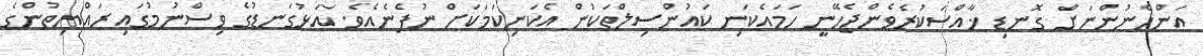
އަންހެނުންނަށް ގޮނޑި ޚާއްސަކުރެވެންޖެހޭނީ ހަމައެކަނި ކައުންސިލްތަކުން އެކަނިކަމަކަށް ނުފެނެއެވެ. އަޅުގަނޑުގެ ވިސްނުމުގައި ރައްޔިތުންގެ